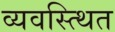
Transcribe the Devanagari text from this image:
व्यवस्त्थित